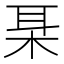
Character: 𱣍